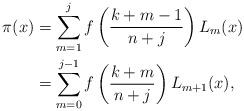
LaTeX: \begin{align*}\pi(x) & = \sum_{m=1}^j f \left( \frac{k + m - 1}{n+j} \right) L_m (x) \\& = \sum_{m=0}^{j-1} f \left( \frac{k + m}{n+j} \right) L_{m+1} (x),\end{align*}